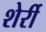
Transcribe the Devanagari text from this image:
शेर्री